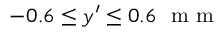
- 0 . 6 \leq y ^ { \prime } \leq 0 . 6 ~ \mathrm { ~ m ~ m ~ }